Annual report on the mental hospital in the Central Provinces and Berar (Nagpur) - 1927-1951
Year: 1927
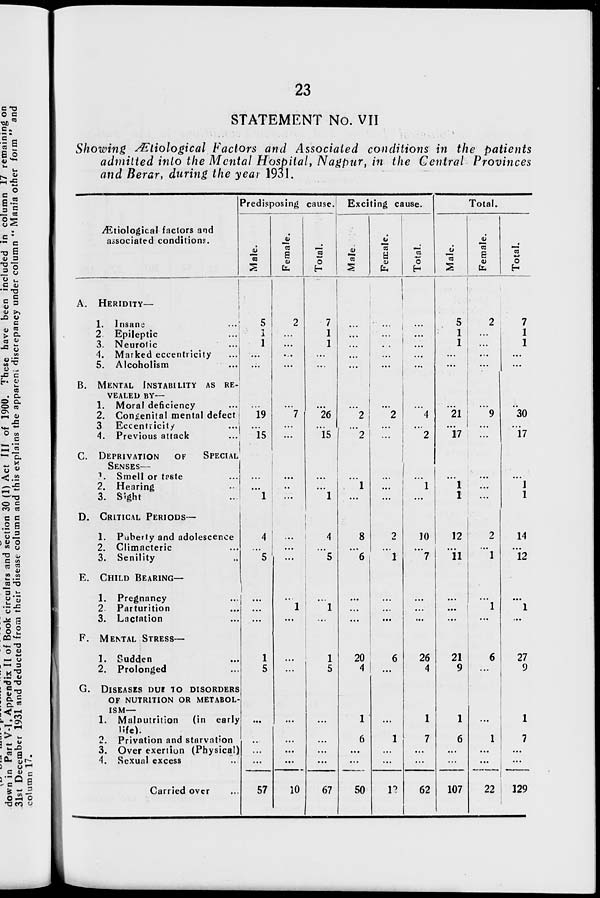
23
STATEMENT No. VII
Showing Ætiological Factors and Associated conditions in the patients
admitted into the Mental Hospital, Nagpur, in the Central Provinces
and Berar, during the year 1931.
Ætiological factors and
associated conditions.
A.
B.
C.
D.
E.
F.
G.
HERIDITY—
1. Insane ...
2 Epileptic ...
3. Neurotic ...
4. Marked eccentricity ...
5. Alcoholism ...
MENTAL INSTABILITY AS RE-
------ BY—
1. Moral deficiency ...
2. Congenital mental defect
3 Eccentricity ...
4. Previous attack ...
DEPRIVATION
OF
SPECIAL
SENSES—
1. Smell or taste ...
2. Hearing ...
3. Sight ...
CRITICAL PERIODS—
1. Puberty and adolescence ...
2. Climacteric ...
3. Senility ...
CHILD BEARING—
1. Pregnancy ...
2. Parturition ...
3. Lactation ...
MENTAL STRESS—
1. Sudden ...
2. Prolonged ...
DISEASES DUE TO DISORDERS
OF NUTRITION OR METABOL-
ISM—
1. Malnutrition
(in early
life).
2. Privation and starvation
3. Over exertion (Physical)
4. Sexual excess ...
Carried over ...
Predisposing cause.
Male.
5
1
1
...
...
...
19
...
15
...
...
1
4
...
5
...
...
...
1
5
...
...
...
...
57
Fe ma l
e .
2
...
...
...
...
...
7
...
...
...
...
...
...
...
...
...
1
...
...
...
...
...
...
...
10
Tot al .
7
1
1
...
...
...
26
...
15
...
...
1
4
...
5
...
1
...
1
5
...
...
...
...
67
Exciting cause.
Mal e.
...
...
...
...
...
...
2
...
2
...
1
...
8
...
6
...
...
...
20
4
1
6
...
...
50
Fe ma l
e .
...
...
...
...
...
...
2
...
...
...
...
...
2
...
1
...
...
...
6
...
...
1
...
...
12
Tot al .
...
...
...
...
...
...
4
...
2
...
1
...
10
...
7
...
...
...
26
4
1
7
...
...
62
Total.
Male.
5
1
1
...
...
...
21
...
17
...
1
1
12
...
11
...
...
...
21
9
1
6
...
...
107
Fe ma l
e .
2
...
...
...
...
...
9
...
...
...
...
...
2
...
1
...
1
...
6
...
...
1
...
...
22
Total.
7
1
1
...
...
...
30
...
17
...
1
1
14
...
12
...
1
...
27
9
1
7
...
...
129